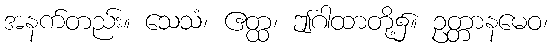
အနက်တည်း။ သေသံ၊ ဧတ္ထ၊ ဤဂါထာတို့၌။ ဥတ္တာနမေဝ၊